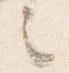
言